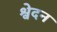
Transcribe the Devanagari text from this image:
श्वेदन